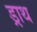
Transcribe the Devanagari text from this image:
ड्राथ